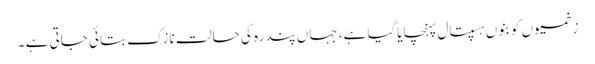
زخمیوں کو بنوں ہسپتال پہنچایاگیا ہے، جہاں پندرہ کی حالت نازک بتائی جاتی ہے ۔